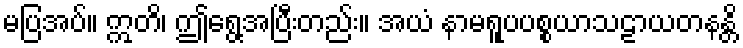
မပြအပ်။ ဣတိ၊ ဤရွေ့အပြီးတည်း။ အယံ နာမရူပပစ္စယာသဠာယတနန္တိ